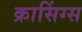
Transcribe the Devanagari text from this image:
क्रासिंग्स